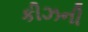
કીઝની